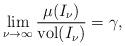
LaTeX: \begin{align*}\lim_{\nu\to\infty} \frac{\mu(I_{\nu})}{\operatorname*{vol}(I_{\nu})}=\gamma,\end{align*}